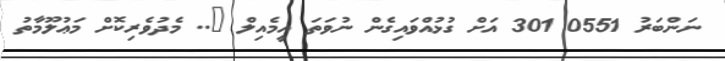
ނަންބަރު 0551 301 އަށް ގުޅުއްވައިގެން ނުވަތަ އީމެއިލް @.. މެދުވެރިކޮށް މަޢުލޫމާތު